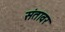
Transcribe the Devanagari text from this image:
संतावर